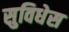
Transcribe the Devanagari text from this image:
सुविधेस